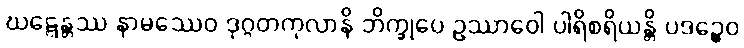
ဃဋ္ဋေန္တဿ နာမဿေဝ ဒုဂ္ဂတကုလာနိ ဘိက္ခုပေ ဥဿာဝေါ ပါရိစရိယန္တိ ပဒဉ္စေဝ